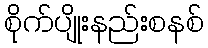
စိုက်ပျိုးနည်းစနစ်